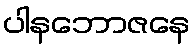
ပါနဘောဇနေ